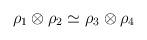
LaTeX: \begin{align*}\rho_1 \otimes \rho_2 \simeq \rho_3 \otimes \rho_4\end{align*}